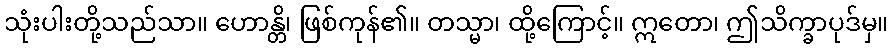
သုံးပါးတို့သည်သာ။ ဟောန္တိ၊ ဖြစ်ကုန်၏။ တသ္မာ၊ ထို့ကြောင့်။ ဣတော၊ ဤသိက္ခာပုဒ်မှ။